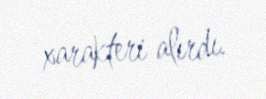
xarakteri alırdı.